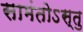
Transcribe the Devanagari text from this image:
सामंतोऽस्तु